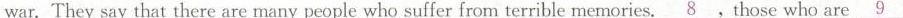
war. They say that there are many people who suffer from terrible memories.\underline{8}.Those who are\underline{9}